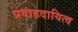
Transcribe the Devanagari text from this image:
प्रवाहदायित्व